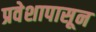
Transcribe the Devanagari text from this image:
प्रवेशापासून